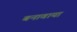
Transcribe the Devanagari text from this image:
बनावाया